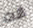
انت